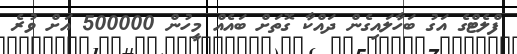
ފްލެޓްގެ އަގު ބަހާލައިގެން ދައްކާ ގޮތަށް ބައެއް މީހުން 500000 އަށް ވުރެ